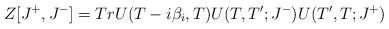
\begin{align*}Z[J^+, J^-]= Tr U(T-i\beta_i,T)U(T,T';J^-)U(T',T;J^+)\end{align*}